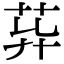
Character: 𦮁